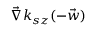
\vec { \nabla } k _ { s z } ( - \vec { w } )